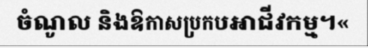
ចំណូល និងឱកាសប្រកបអាជីវកម្ម។«